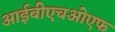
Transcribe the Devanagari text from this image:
आईबीएचओएफ